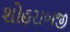
શોહરાબજી